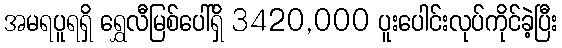
အမရပူရရှိ ရွှေလီမြစ်ပေါ်ရှိ 3420,000 ပူးပေါင်းလုပ်ကိုင်ခဲ့ပြီး